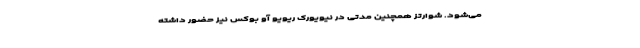
می‌شود. شوارتز همچنین مدتی در نیویورک ریویو آو بوکس نیز حضور داشته